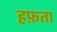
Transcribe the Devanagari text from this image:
हफ़ता